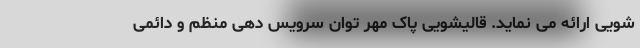
شویی ارائه می نماید. قالیشویی پاک مهر توان سرویس دهی منظم و دائمی